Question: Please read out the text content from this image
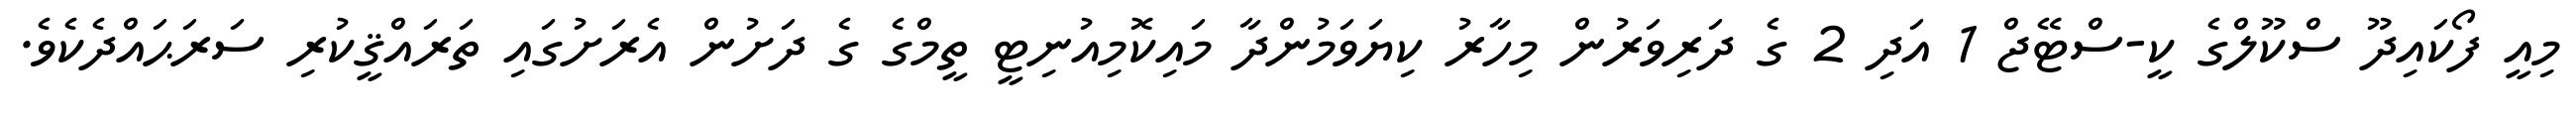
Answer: މިއީ ފޯކައިދޫ ސްކޫލްގެ ކީ-ސްޓޭޖް 1 އަދި 2 ގެ ދަރިވަރުން މިހާރު ކިޔަވަމުންދާ މައިކޮމިއުނިޓީ ތީމްގެ ގެ ދަށުން އެރަށުގައި ތަރައްޤީކުރި ސަރަޙައްދެކެވެ.